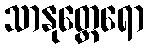
သာနုတ္ထေရော